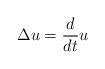
LaTeX: \begin{align*}\Delta u = \frac{d}{dt}u\end{align*}